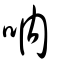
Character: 吶